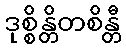
ဒုစ္စိန္တိတစိန္တီ